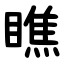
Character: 瞧